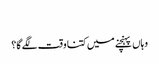
‬
‫وہاں پہنچنے میں کتنا وقت لگے گا؟